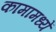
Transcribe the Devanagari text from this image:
कामामध्यें